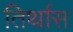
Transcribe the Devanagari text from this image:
तिर्थास